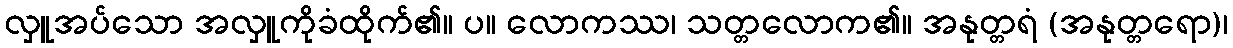
လှူအပ်သော အလှူကိုခံထိုက်၏။ ပ။ လောကဿ၊ သတ္တလောက၏။ အနုတ္တရံ (အနုတ္တရော)၊